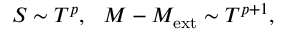
S \sim T ^ { p } , \ \ M - M _ { \mathrm { e x t } } \sim T ^ { p + 1 } ,